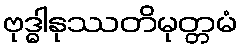
ဗုဒ္ဓါနုဿတိမုတ္တမံ